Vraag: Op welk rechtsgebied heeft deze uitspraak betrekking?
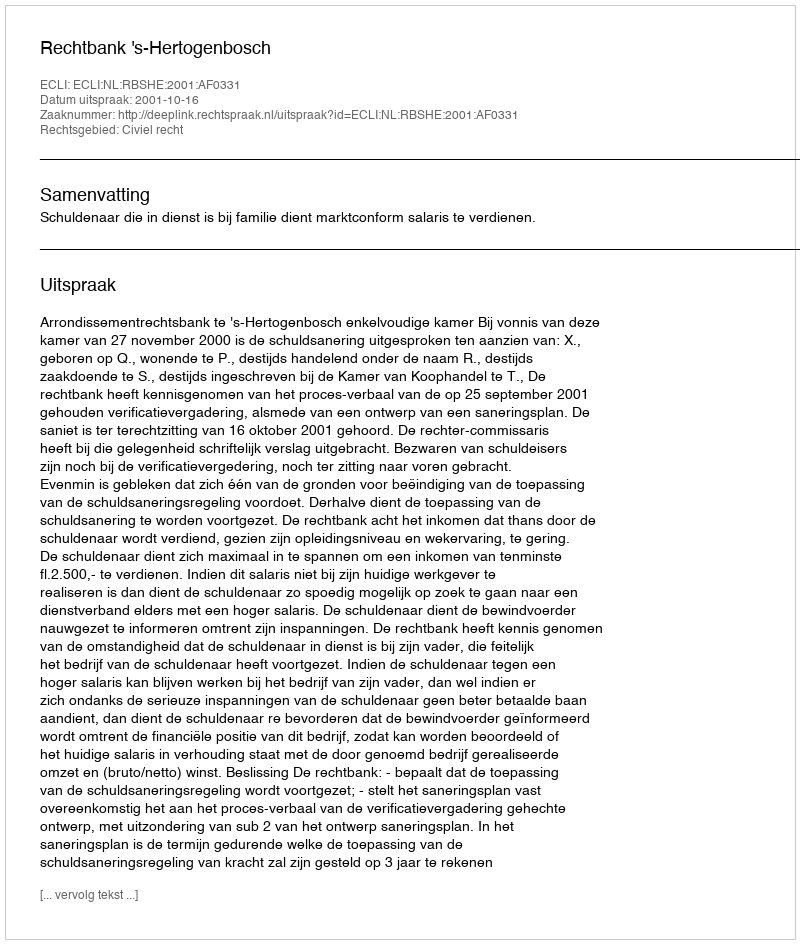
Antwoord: Civiel recht